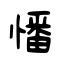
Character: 憣